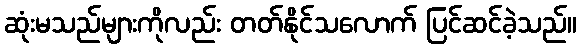
ဆုံးမသည်များကိုလည်း တတ်နိုင်သလောက် ပြင်ဆင်ခဲ့သည်။